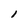
Character: l